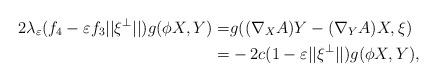
LaTeX: \begin{align*}2\lambda_\varepsilon (f_4-\varepsilon f_3||\xi^\perp||)g(\phi X,Y)=&g((\nabla_XA)Y-(\nabla_YA)X,\xi) \\=&-2c(1-\varepsilon||\xi^\perp||)g(\phi X,Y),\end{align*}